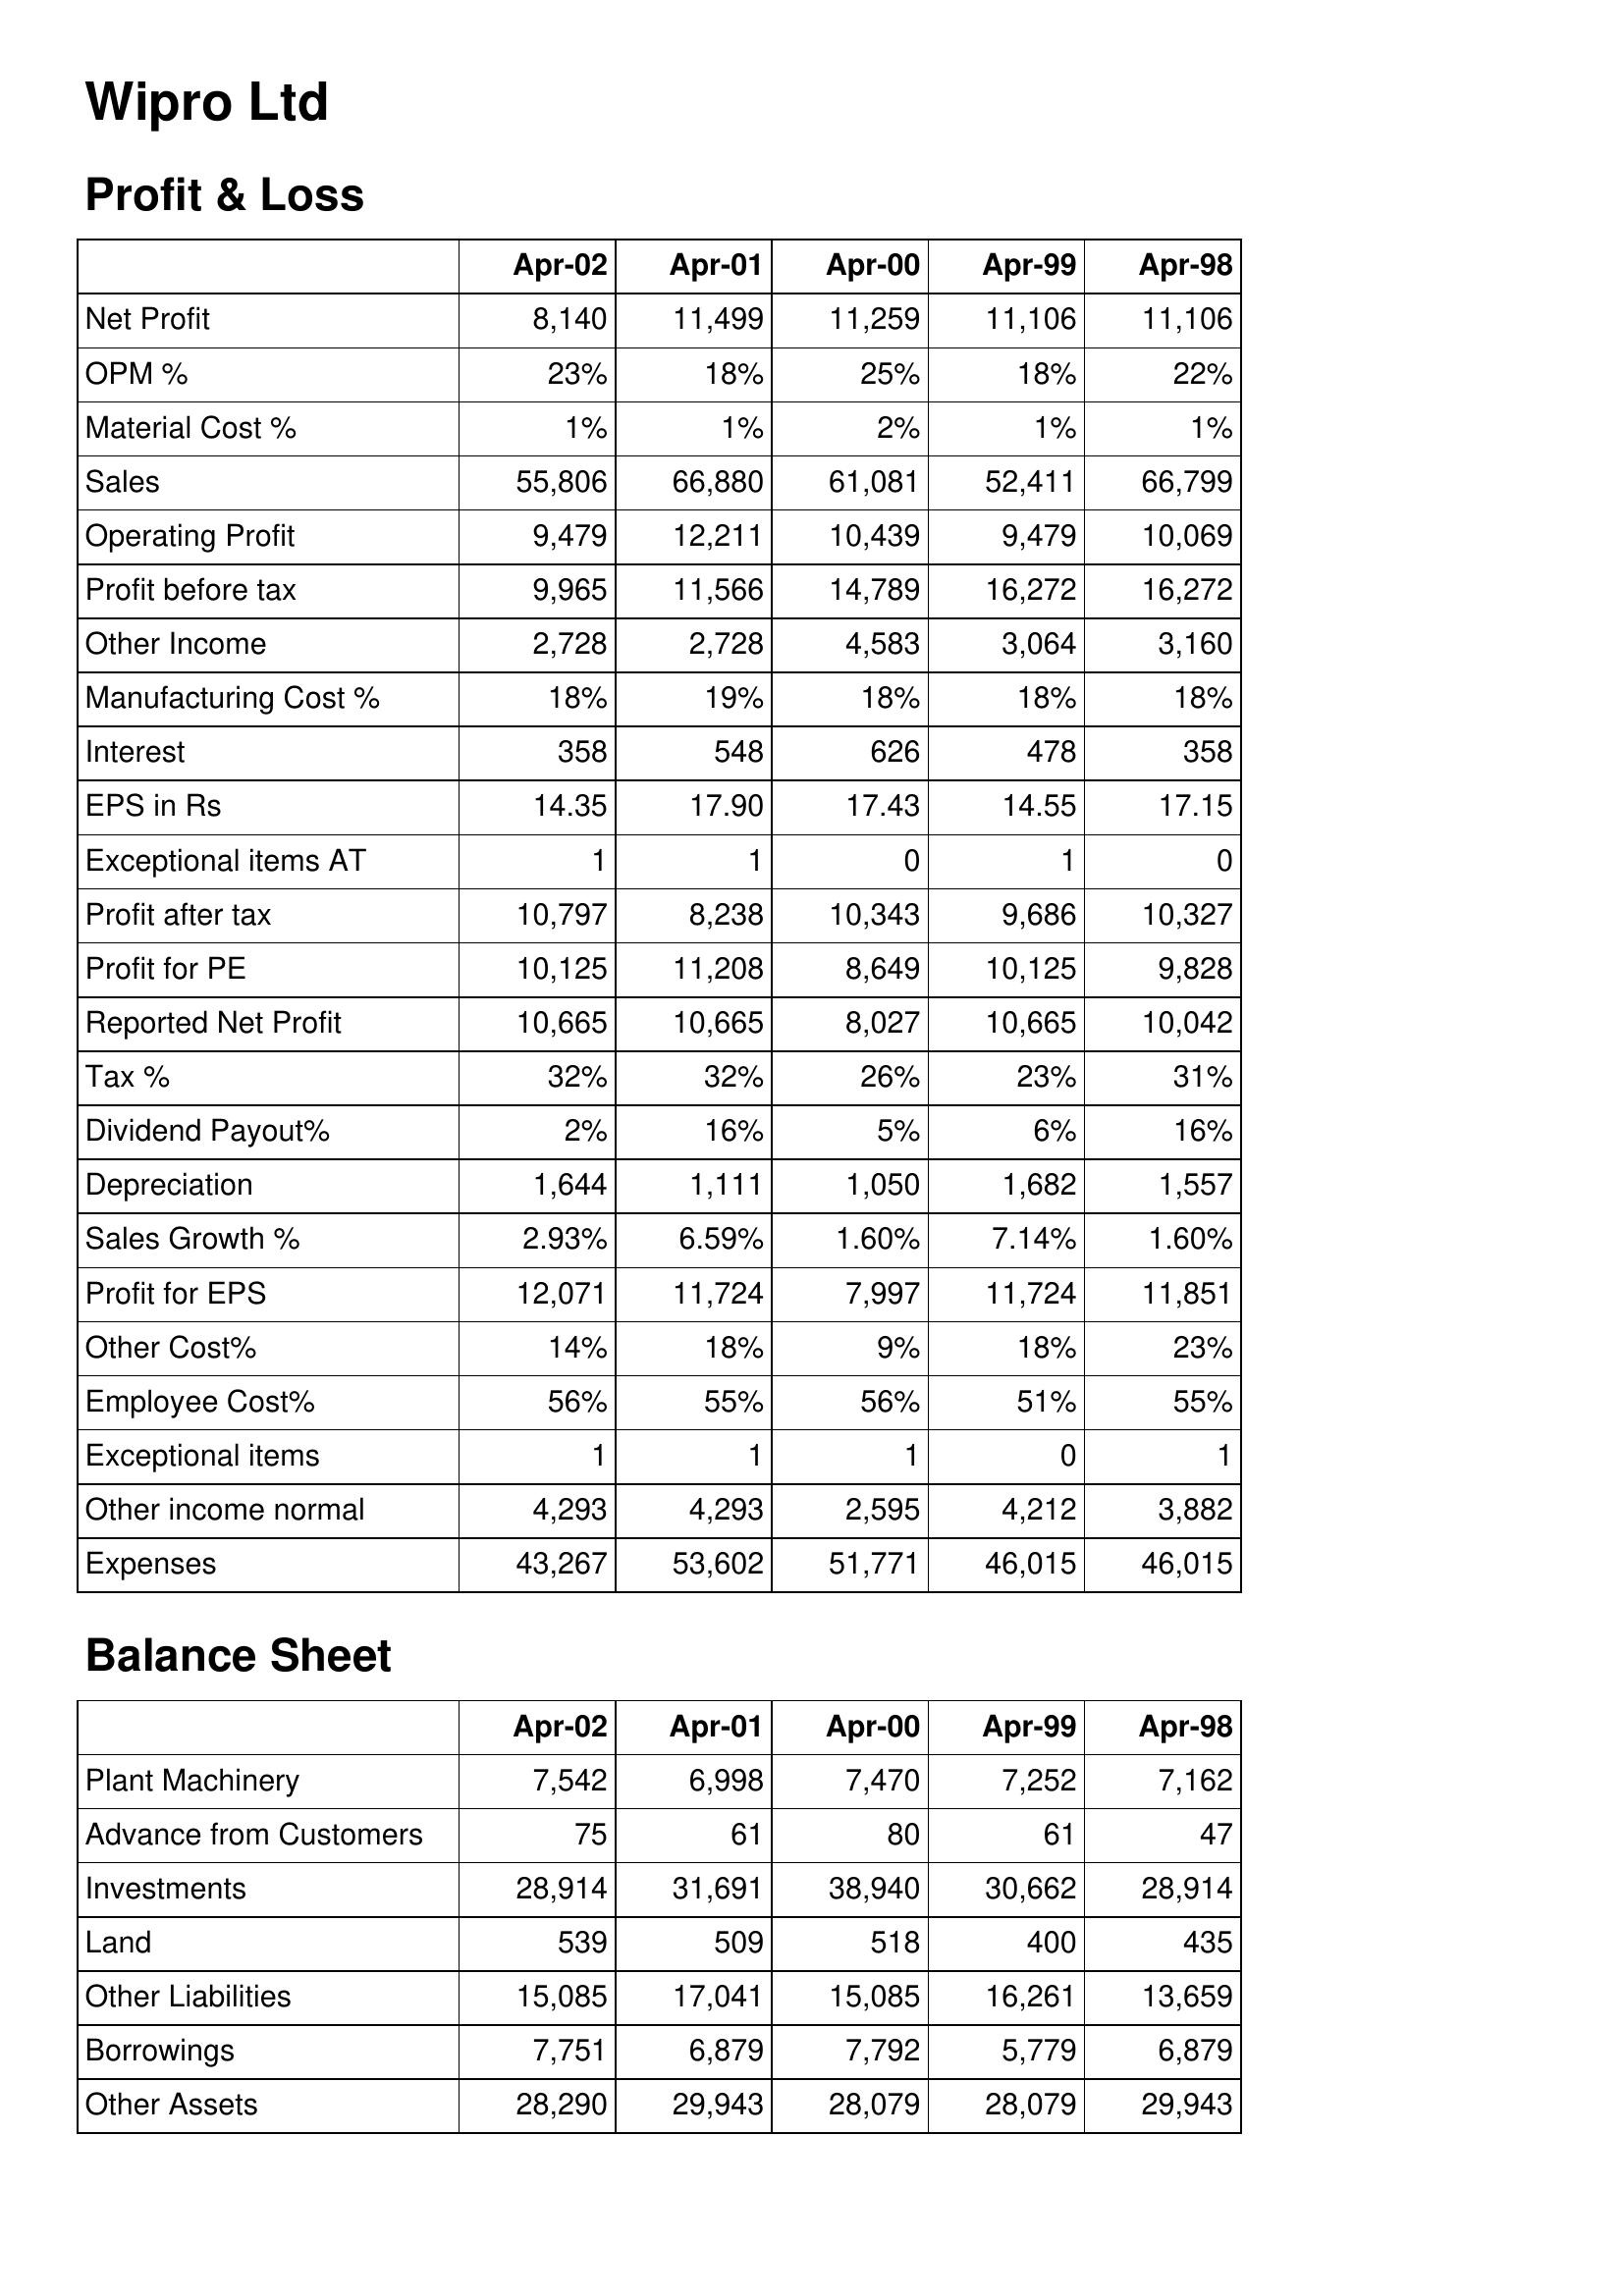
Apr-02: Profit & Loss: Net Profit: 8,140
OPM %: 23%
Material Cost %: 1%
Sales: 55,806
Operating Profit: 9,479
Profit before tax: 9,965
Other Income: 2,728
Manufacturing Cost %: 18%
Interest: 358
EPS in Rs: 14.35
Exceptional items AT: 1
Profit after tax: 10,797
Profit for PE: 10,125
Reported Net Profit: 10,665
Tax %: 32%
Dividend Payout%: 2%
Depreciation: 1,644
Sales Growth %: 2.93%
Profit for EPS: 12,071
Other Cost%: 14%
Employee Cost%: 56%
Exceptional items: 1
Other income normal: 4,293
Expenses: 43,267
Balance Sheet: Plant Machinery: 7,542
Advance from Customers: 75
Investments: 28,914
Land: 539
Other Liabilities: 15,085
Borrowings: 7,751
Other Assets: 28,290
Apr-01: Profit & Loss: Net Profit: 11,499
OPM %: 18%
Material Cost %: 1%
Sales: 66,880
Operating Profit: 12,211
Profit before tax: 11,566
Other Income: 2,728
Manufacturing Cost %: 19%
Interest: 548
EPS in Rs: 17.90
Exceptional items AT: 1
Profit after tax: 8,238
Profit for PE: 11,208
Reported Net Profit: 10,665
Tax %: 32%
Dividend Payout%: 16%
Depreciation: 1,111
Sales Growth %: 6.59%
Profit for EPS: 11,724
Other Cost%: 18%
Employee Cost%: 55%
Exceptional items: 1
Other income normal: 4,293
Expenses: 53,602
Balance Sheet: Plant Machinery: 6,998
Advance from Customers: 61
Investments: 31,691
Land: 509
Other Liabilities: 17,041
Borrowings: 6,879
Other Assets: 29,943
Apr-00: Profit & Loss: Net Profit: 11,259
OPM %: 25%
Material Cost %: 2%
Sales: 61,081
Operating Profit: 10,439
Profit before tax: 14,789
Other Income: 4,583
Manufacturing Cost %: 18%
Interest: 626
EPS in Rs: 17.43
Exceptional items AT: 0
Profit after tax: 10,343
Profit for PE: 8,649
Reported Net Profit: 8,027
Tax %: 26%
Dividend Payout%: 5%
Depreciation: 1,050
Sales Growth %: 1.60%
Profit for EPS: 7,997
Other Cost%: 9%
Employee Cost%: 56%
Exceptional items: 1
Other income normal: 2,595
Expenses: 51,771
Balance Sheet: Plant Machinery: 7,470
Advance from Customers: 80
Investments: 38,940
Land: 518
Other Liabilities: 15,085
Borrowings: 7,792
Other Assets: 28,079
Apr-99: Profit & Loss: Net Profit: 11,106
OPM %: 18%
Material Cost %: 1%
Sales: 52,411
Operating Profit: 9,479
Profit before tax: 16,272
Other Income: 3,064
Manufacturing Cost %: 18%
Interest: 478
EPS in Rs: 14.55
Exceptional items AT: 1
Profit after tax: 9,686
Profit for PE: 10,125
Reported Net Profit: 10,665
Tax %: 23%
Dividend Payout%: 6%
Depreciation: 1,682
Sales Growth %: 7.14%
Profit for EPS: 11,724
Other Cost%: 18%
Employee Cost%: 51%
Exceptional items: 0
Other income normal: 4,212
Expenses: 46,015
Balance Sheet: Plant Machinery: 7,252
Advance from Customers: 61
Investments: 30,662
Land: 400
Other Liabilities: 16,261
Borrowings: 5,779
Other Assets: 28,079
Apr-98: Profit & Loss: Net Profit: 11,106
OPM %: 22%
Material Cost %: 1%
Sales: 66,799
Operating Profit: 10,069
Profit before tax: 16,272
Other Income: 3,160
Manufacturing Cost %: 18%
Interest: 358
EPS in Rs: 17.15
Exceptional items AT: 0
Profit after tax: 10,327
Profit for PE: 9,828
Reported Net Profit: 10,042
Tax %: 31%
Dividend Payout%: 16%
Depreciation: 1,557
Sales Growth %: 1.60%
Profit for EPS: 11,851
Other Cost%: 23%
Employee Cost%: 55%
Exceptional items: 1
Other income normal: 3,882
Expenses: 46,015
Balance Sheet: Plant Machinery: 7,162
Advance from Customers: 47
Investments: 28,914
Land: 435
Other Liabilities: 13,659
Borrowings: 6,879
Other Assets: 29,943